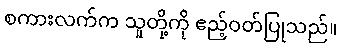
စကားလက်က သူတို့ကို ဧည့်ဝတ်ပြုသည်။